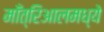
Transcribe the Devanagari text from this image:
माँत्रिआलमध्ये